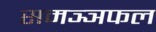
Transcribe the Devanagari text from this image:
समञ्ञफल